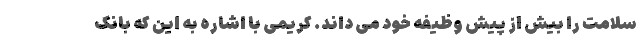
سلامت را بيش از پيش وظیفه خود می داند. کریمی با اشاره به این که بانک